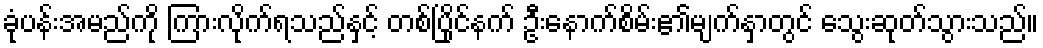
ခုံပန်းအမည်ကို ကြားလိုက်ရသည်နှင့် တစ်ပြိုင်နက် ဦးနောက်စိမ်း၏မျက်နှာတွင် သွေးဆုတ်သွားသည်။